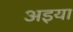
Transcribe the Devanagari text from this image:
अइया